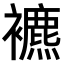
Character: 𧞧